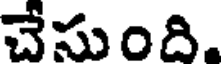
చేసుంది.